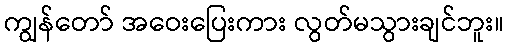
ကျွန်တော် အဝေးပြေးကား လွတ်မသွားချင်ဘူး။